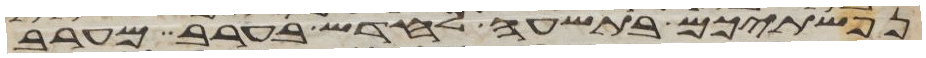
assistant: נפשתיכם בתשעה לחדש בערב מערב